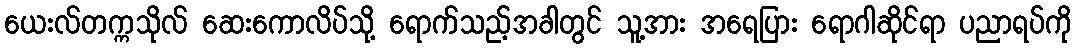
ယေးလ်တက္ကသိုလ် ဆေးကောလိပ်သို့ ရောက်သည့်အခါတွင် သူ့အား အရေပြား ရောဂါဆိုင်ရာ ပညာရပ်ကို